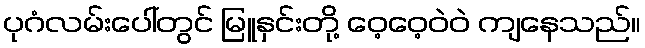
ပုဂံလမ်းပေါ်တွင် မြူနှင်းတို့ ဝေ့ဝေ့ဝဲဝဲ ကျနေသည်။